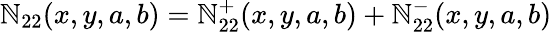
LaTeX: \mathbb{N}_{22}(x,y,a,b)=\mathbb{N}_{22}^{+}(x,y,a,b)+\mathbb{N}_{22}^{-}(x,y,a,b)